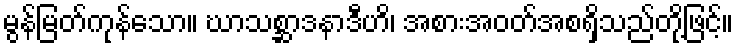
မွန်မြတ်ကုန်သော။ ဃာသစ္ဆာဒနာဒီဟိ၊ အစားအဝတ်အစရှိသည်တို့ဖြင့်။